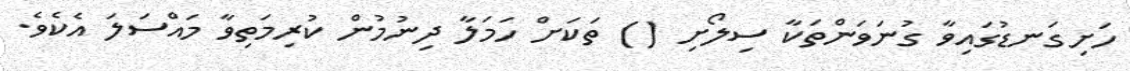
ހަށިގަނޑުގައިވާ ގުނަވަންތަކާ ސިލޯށި () ތަކަށް ހަމަލާ ދިނުމުން ކުރިމަތިވާ މައްސަލަ އެކެވެ.